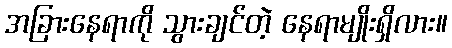
အခြားနေရာကို သွားချင်တဲ့ နေရာမျိုးရှိလား။